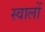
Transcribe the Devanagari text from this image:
स्वालों